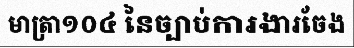
មាត្រា១០៤ នៃច្បាប់ការងារចែង